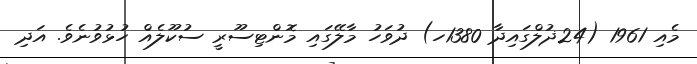
މެއި 1961 (24ޛުލްގައިދާ 1380ހ) ދުވަހު މާލޭގައި މޮންޓިސޫރީ ސުކޫލެއް ހުޅުވުނެވެ. އަދި